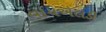
વાયએલડી